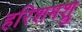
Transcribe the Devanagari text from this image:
हरिशमश्रु